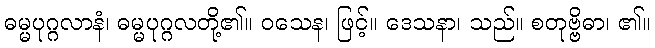
ဓမ္မပုဂ္ဂလာနံ၊ ဓမ္မပုဂ္ဂလတို့၏။ ဝသေန၊ ဖြင့်။ ဒေသနာ၊ သည်။ စတုဗ္ဗိဓာ၊ ၏။